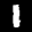
Label: 1